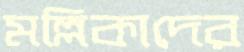
মল্লিকাদের